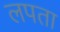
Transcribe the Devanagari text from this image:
लपता